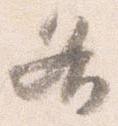
各